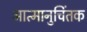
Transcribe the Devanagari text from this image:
आत्मानुचिंतक